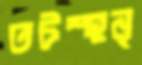
তটস্হনৃ